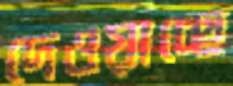
দেওয়াচ্ছে